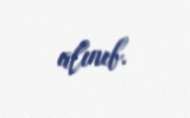
alınıb.